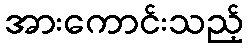
အားကောင်းသည့်